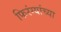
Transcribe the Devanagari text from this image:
फिरंग्यांच्या